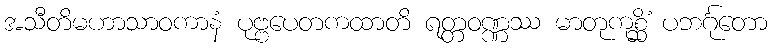
အသီတိမဟာသာဝကာနံ ပုဗ္ဗပေတကထာတိ ရတ္တဝဏ္ဏဿ မာတုကုစ္ဆိံ ပဘင်္ဂုတော